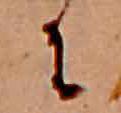
に